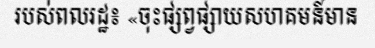
របស់ពលរដ្ឋ៖ «ចុះផ្សព្វផ្សាយសហគមន៍មាន